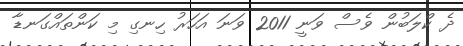
ދެ ކްލަބުން ވެސް ވަނީ 2011 ވަނަ އަހަރު ހިނގި މި ކަންތައްގަނޑާ